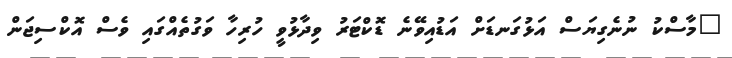
"މާސްކު ނުނެގިޔަސް އަޅުގަނޑަށް އަޑުއިވޭނެ ޑޮކްޓަރު ވިދާޅުވީ ހުރިހާ ވަގުތެއްގައި ވެސް އޮކްސިޖަން